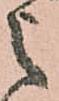
之